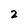
Character: 2